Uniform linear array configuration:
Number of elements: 16
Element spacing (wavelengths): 0.5
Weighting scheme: uniform
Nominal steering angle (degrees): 45
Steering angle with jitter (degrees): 46.038
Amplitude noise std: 0.05
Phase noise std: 0.05

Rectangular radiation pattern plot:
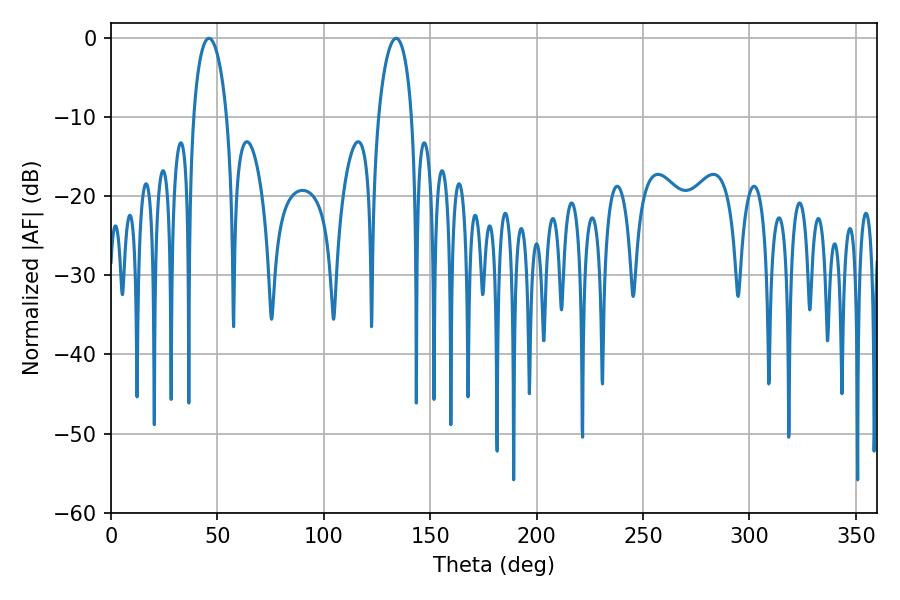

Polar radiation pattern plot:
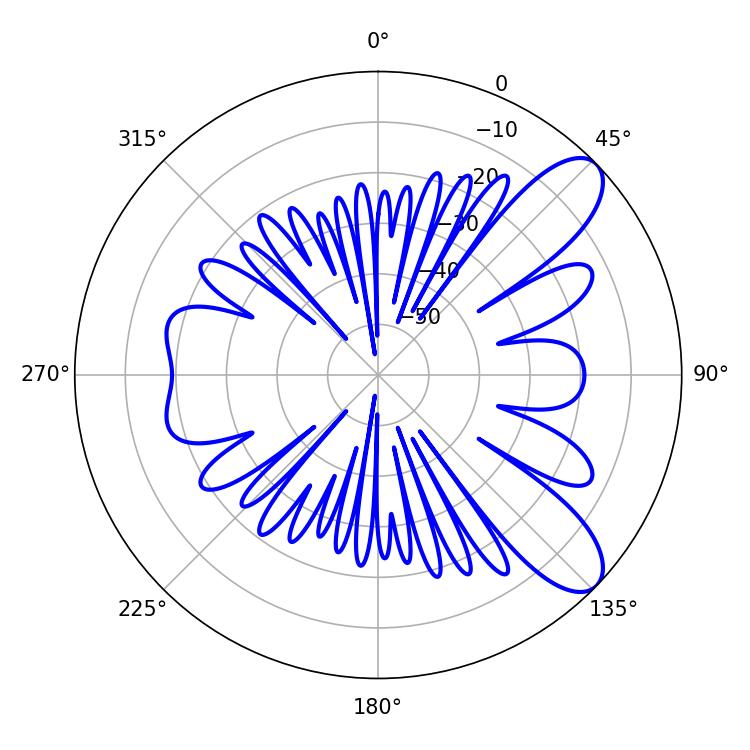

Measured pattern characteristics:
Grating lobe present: FALSE
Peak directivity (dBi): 9.171
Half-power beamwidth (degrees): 9
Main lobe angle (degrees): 46.08